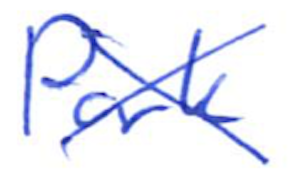
Text: Park
Cross-out: cross
Writing tool: ballpoint